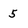
Character: 5